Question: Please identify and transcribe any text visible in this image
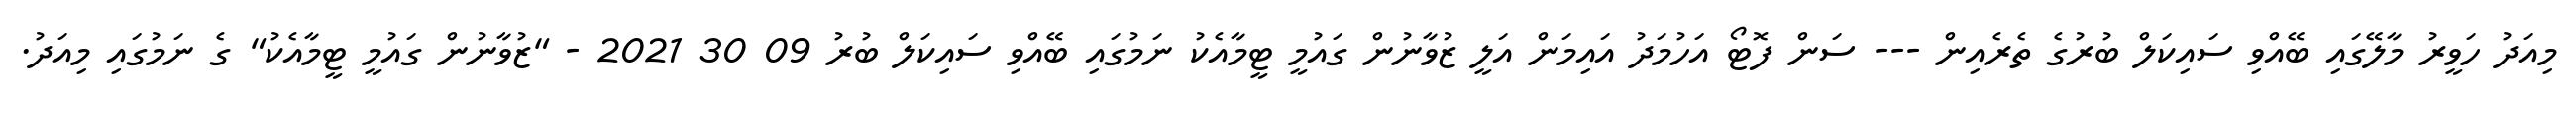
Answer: މިއަދު ހަވީރު މާލޭގައި ބޭއްވި ސައިކަލް ބުރުގެ ތެރެއިން --- ސަން ފޮޓޯ އަހުމަދު އައިމަން އަލީ ޒުވާނުން ގައުމީ ޓީމާއެކު ނަމުގައި ބޭއްވި ސައިކަލް ބުރު 09 30 2021 - "ޒުވާނުން ގައުމީ ޓީމާއެކު" ގެ ނަމުގައި މިއަދު.